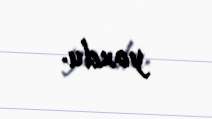
yoxdu.